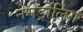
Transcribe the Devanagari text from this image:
नेमड्रोलिंग